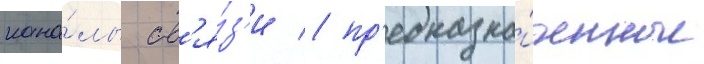
кана́лы св'я́з'и / пр'едназна́ченные